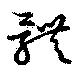
体